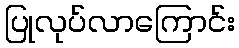
ပြုလုပ်လာကြောင်း